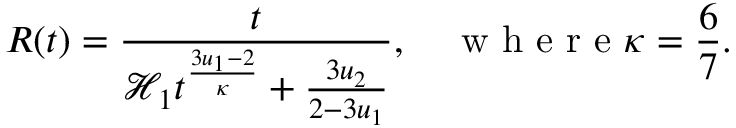
R ( t ) = \frac { t } { \mathcal { H } _ { 1 } t ^ { \frac { 3 u _ { 1 } - 2 } { \kappa } } + \frac { 3 u _ { 2 } } { 2 - 3 u _ { 1 } } } , \quad \mathrm { ~ w ~ h ~ e ~ r ~ e ~ } \kappa = \frac { 6 } { 7 } .